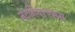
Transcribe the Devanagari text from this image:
नेटगियरएसस